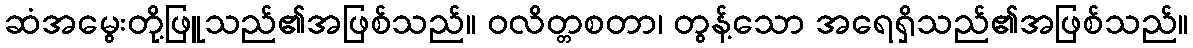
ဆံအမွေးတို့ဖြူသည်၏အဖြစ်သည်။ ဝလိတ္တစတာ၊ တွန့်သော အရေရှိသည်၏အဖြစ်သည်။